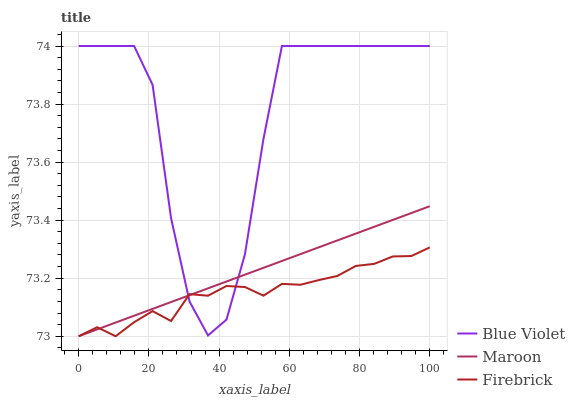
| xaxis_label | Blue Violet | Maroon | Firebrick |
 | --- | --- | --- | --- |
 | 0 | 74 | 73 | 73 |
 | 5.26 | 74 | 73 | 73 |
 | 10.5 | 74 | 73 | 73 |
 | 15.8 | 74 | 73.1 | 73 |
 | 21.1 | 73.9 | 73.1 | 73.1 |
 | 26.3 | 73.4 | 73.1 | 73.1 |
 | 31.6 | 73.1 | 73.1 | 73.1 |
 | 36.8 | 73 | 73.2 | 73.1 |
 | 42.1 | 73.1 | 73.2 | 73.2 |
 | 47.4 | 73.3 | 73.2 | 73.2 |
 | 52.6 | 73.7 | 73.2 | 73.1 |
 | 57.9 | 74 | 73.3 | 73.2 |
 | 63.2 | 74 | 73.3 | 73.2 |
 | 68.4 | 74 | 73.3 | 73.2 |
 | 73.7 | 74 | 73.3 | 73.2 |
 | 78.9 | 74 | 73.4 | 73.2 |
 | 84.2 | 74 | 73.4 | 73.2 |
 | 89.5 | 74 | 73.4 | 73.3 |
 | 94.7 | 74 | 73.4 | 73.3 |
 | 100 | 74 | 73.4 | 73.3 |